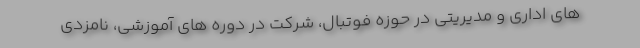
های اداری و مدیریتی در حوزه فوتبال، شرکت در دوره های آموزشی، نامزدی